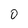
Character: 0